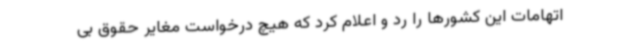
اتهامات این کشورها را رد و اعلام کرد که هیچ درخواست مغایر حقوق بی